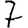
Digit: 7